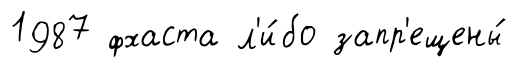
1987 фхаста л'и́бо запр'ещены́